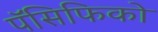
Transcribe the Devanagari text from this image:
पॅसिफिको